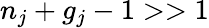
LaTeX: n_{j}+g_{j}-1>>1